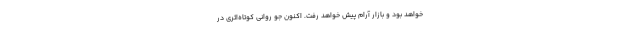
خواهد بود و بازار آرام پیش خواهد رفت. اکنون جو روانی کوتاه‌اثری در